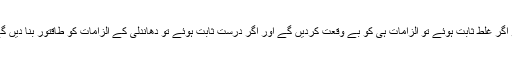
جو اگر غلط ثابت ہوئے تو الزامات ہی کو بے وقعت کردیں گے اور اگر درست ثابت ہوئے تو دھاندلی کے الزامات کو طاقتور بنا دیں گے۔